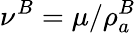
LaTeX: \nu^{B}=\mu/\rho_{a}^{B}